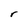
Character: r